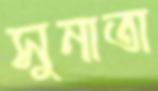
সুনাতা